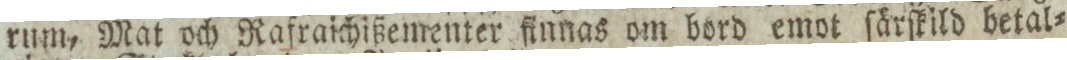
rum, Mat och Rafraichißementer finnas om bord emot ſärſkild betal=